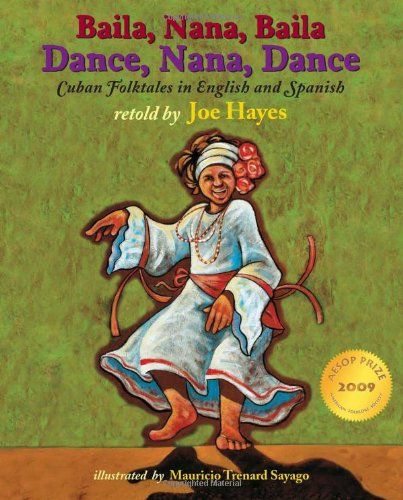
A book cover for Dance, Nana, Dance / Baila, Nana, Baila: Cuban Folktales in English and Spanish (English and Spanish Edition); Joe Hayes; Children's Books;